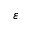
\varepsilon